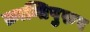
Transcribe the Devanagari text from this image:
क्रान्तिपुरुष